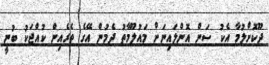
ދޫކޮށްލުމާ އެކު ސަން އޮންލައިނަށް މައުލޫމާތު ދެމުން އޭގެ ތެރެއިން ކުއްޖަކު ބުނީ